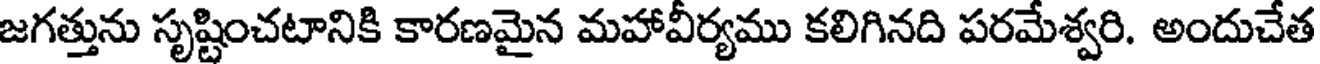
జగత్తును సృష్టించటానికి కారణమైన మహావీర్యము కలిగినది పరమేశ్వరి. అందుచేత